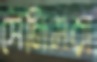
সেলিমরা